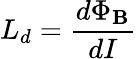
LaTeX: L_{d}={\frac{d\Phi_{\mathbf{B}}}{dI}}